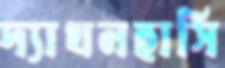
দ্যাখনহাসি